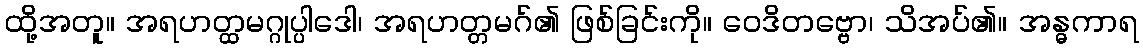
ထို့အတူ။ အရဟတ္ထမဂ္ဂုပ္ပါဒေါ၊ အရဟတ္တမဂ်၏ ဖြစ်ခြင်းကို။ ဝေဒိတဗ္ဗော၊ သိအပ်၏။ အန္ဓကာရ